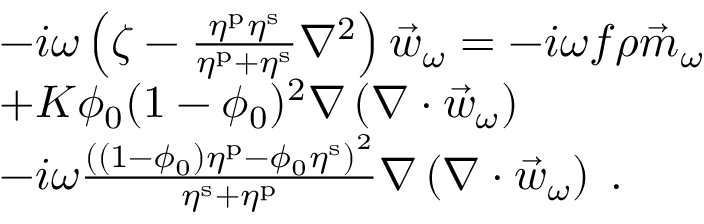
\begin{array} { r l } & { - i \omega \left( \zeta - \frac { \eta ^ { \mathrm { p } } \eta ^ { \mathrm { s } } } { \eta ^ { \mathrm { p } } + \eta ^ { \mathrm { s } } } \nabla ^ { 2 } \right) \vec { w } _ { \omega } = - i \omega f \rho \vec { m } _ { \omega } } \\ & { + K \phi _ { 0 } ( 1 - \phi _ { 0 } ) ^ { 2 } \nabla \left( \nabla \cdot \vec { w } _ { \omega } \right) } \\ & { - i \omega \frac { \left( ( 1 - \phi _ { 0 } ) \eta ^ { \mathrm { p } } - \phi _ { 0 } \eta ^ { \mathrm { s } } \right) ^ { 2 } } { \eta ^ { \mathrm { s } } + \eta ^ { \mathrm { p } } } \nabla \left( \nabla \cdot \vec { w } _ { \omega } \right) \; . } \end{array}